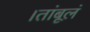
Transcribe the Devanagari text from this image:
।तांबूलं